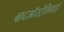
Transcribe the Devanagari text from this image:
बादऑस्ट्रेलियाई